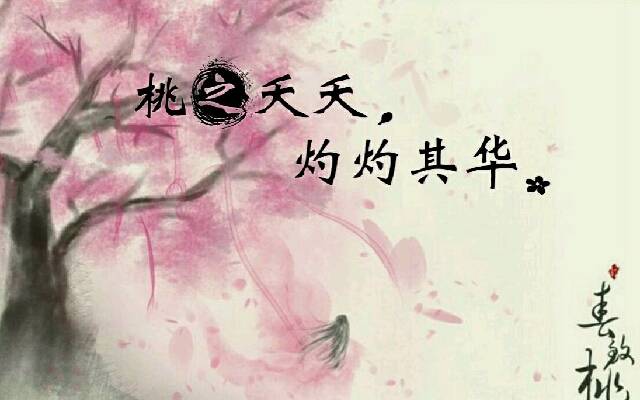
桃之夭夭，灼灼其华。